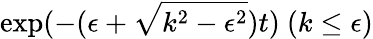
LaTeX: \mathrm{exp}(-(\epsilon+\sqrt{k^{2}-\epsilon^{2}})t)\ (k\leq\epsilon)